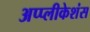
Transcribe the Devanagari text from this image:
अप्प्लीकेशंस